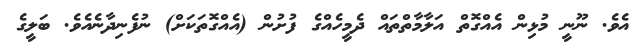
އެވެ. ނޫނީ މުޅިން އެއްގޮތް އަލާމާތްތައް ދެމީހެއްގެ ފުށުން (އެއްގޮތަކަށް) ނުފެނިދާނެއެވެ. ބަލީގެ